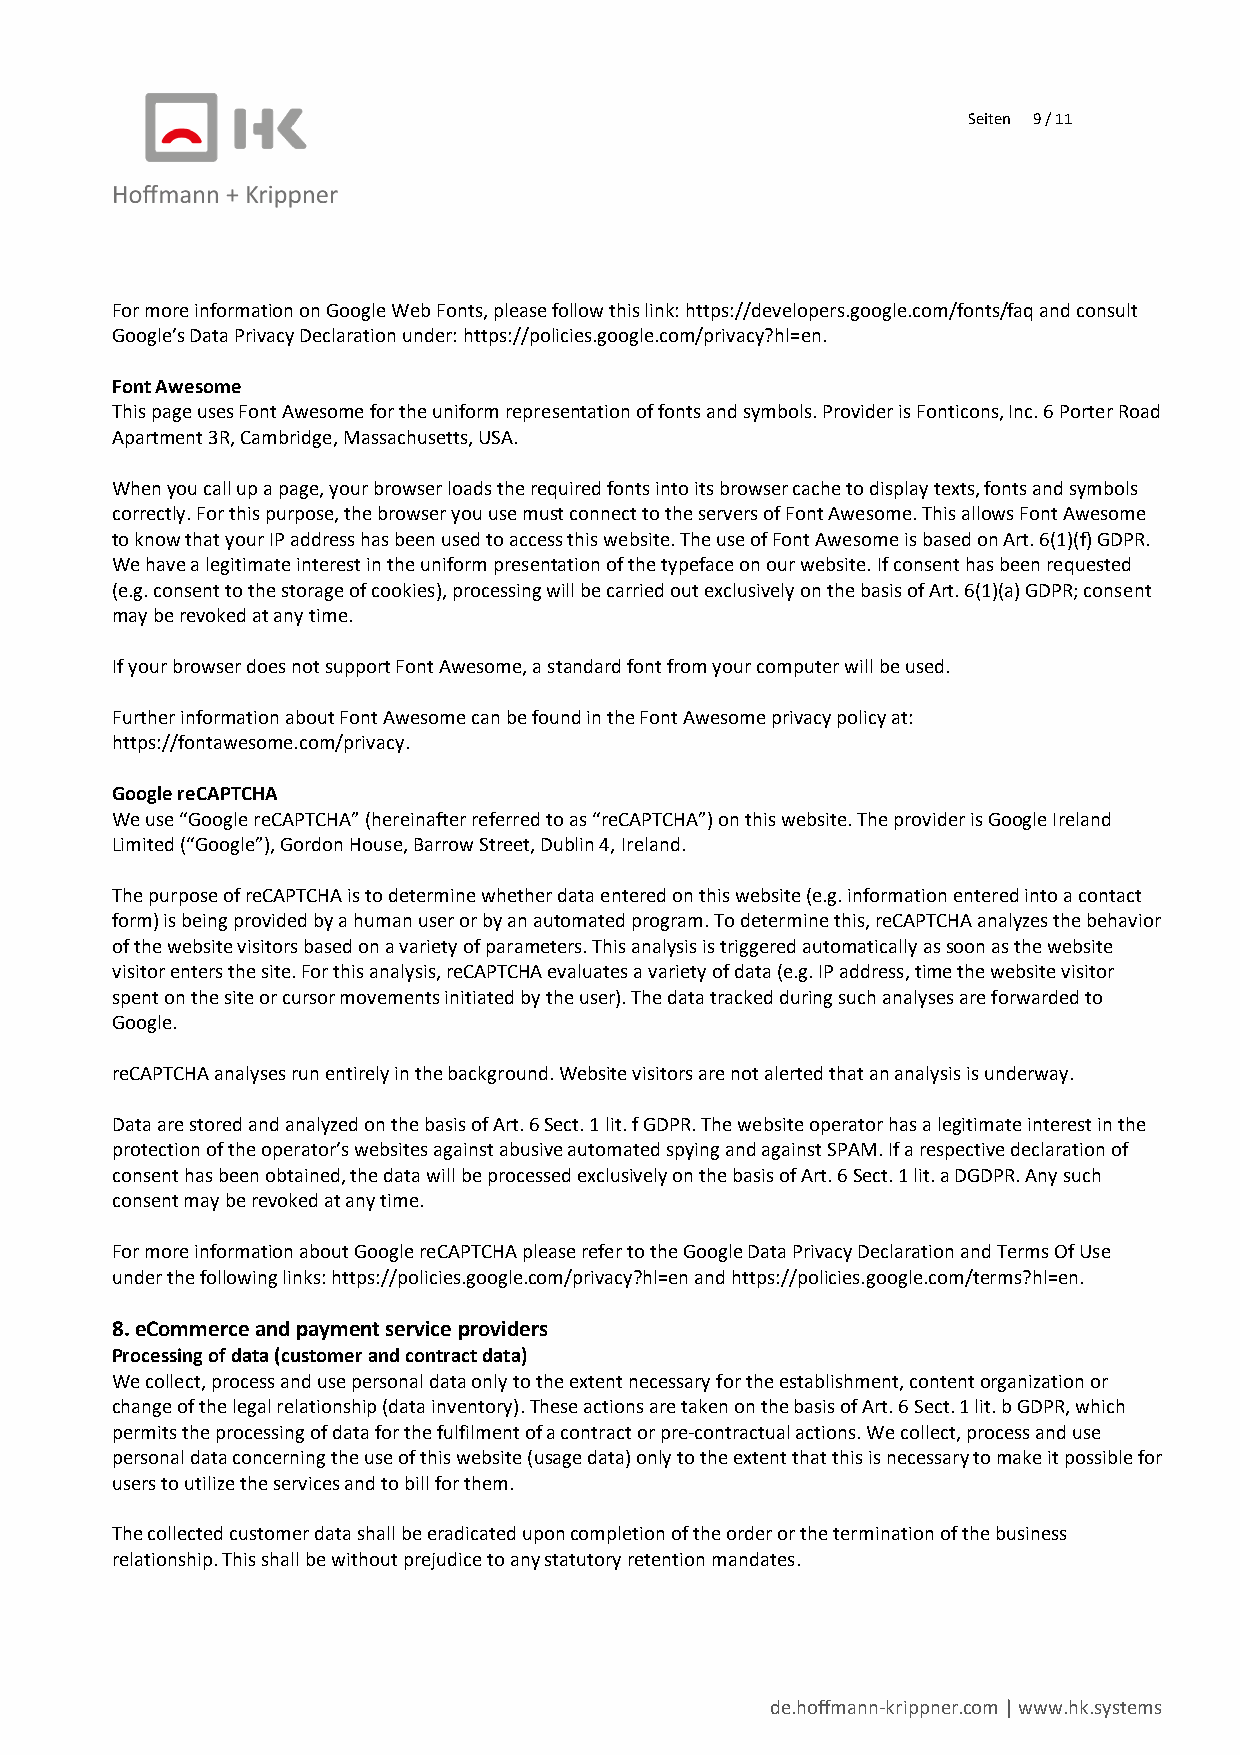
Seiten 9 / 11
 For more information on Google Web Fonts, please follow this link: https://developers.google.com/fonts/faq and consult
 Google’s Data Privacy Declaration under: https://policies.google.com/privacy?hl=en.
 Font Awesome
 This page uses Font Awesome for the uniform representation of fonts and symbols. Provider is Fonticons, Inc. 6 Porter Road
 Apartment 3R, Cambridge, Massachusetts, USA.
 When you call up a page, your browser loads the required fonts into its browser cache to display texts, fonts and symbols
 correctly. For this purpose, the browser you use must connect to the servers of Font Awesome. This allows Font Awesome
 to know that your IP address has been used to access this website. The use of Font Awesome is based on Art. 6(1)(f) GDPR.
 We have a legitimate interest in the uniform presentation of the typeface on our website. If consent has been requested
 (e.g. consent to the storage of cookies), processing will be carried out exclusively on the basis of Art. 6(1)(a) GDPR; consent
 may be revoked at any time.
 If your browser does not support Font Awesome, a standard font from your computer will be used.
 Further information about Font Awesome can be found in the Font Awesome privacy policy at:
 https://fontawesome.com/privacy.
 Google reCAPTCHA
 We use “Google reCAPTCHA” (hereinafter referred to as “reCAPTCHA”) on this website. The provider is Google Ireland
 Limited (“Google”), Gordon House, Barrow Street, Dublin 4, Ireland.
 The purpose of reCAPTCHA is to determine whether data entered on this website (e.g. information entered into a contact
 form) is being provided by a human user or by an automated program. To determine this, reCAPTCHA analyzes the behavior
 of the website visitors based on a variety of parameters. This analysis is triggered automatically as soon as the website
 visitor enters the site. For this analysis, reCAPTCHA evaluates a variety of data (e.g. IP address, time the website visitor
 spent on the site or cursor movements initiated by the user). The data tracked during such analyses are forwarded to
 Google.
 reCAPTCHA analyses run entirely in the background. Website visitors are not alerted that an analysis is underway.
 Data are stored and analyzed on the basis of Art. 6 Sect. 1 lit. f GDPR. The website operator has a legitimate interest in the
 protection of the operator’s websites against abusive automated spying and against SPAM. If a respective declaration of
 consent has been obtained, the data will be processed exclusively on the basis of Art. 6 Sect. 1 lit. a DGDPR. Any such
 consent may be revoked at any time.
 For more information about Google reCAPTCHA please refer to the Google Data Privacy Declaration and Terms Of Use
 under the following links: https://policies.google.com/privacy?hl=en and https://policies.google.com/terms?hl=en.
 8. eCommerce and payment service providers
 Processing of data (customer and contract data)
 We collect, process and use personal data only to the extent necessary for the establishment, content organization or
 change of the legal relationship (data inventory). These actions are taken on the basis of Art. 6 Sect. 1 lit. b GDPR, which
 permits the processing of data for the fulfilment of a contract or pre-contractual actions. We collect, process and use
 personal data concerning the use of this website (usage data) only to the extent that this is necessary to make it possible for
 users to utilize the services and to bill for them.
 The collected customer data shall be eradicated upon completion of the order or the termination of the business
 relationship. This shall be without prejudice to any statutory retention mandates.
 de.hoffmann-krippner.com | www.hk.systems